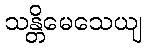
သန္တိမေသေယျ